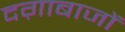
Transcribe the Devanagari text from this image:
दग़ाबाजों